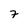
Character: 7